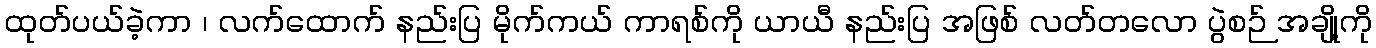
ထုတ်ပယ်ခဲ့ကာ ၊ လက်ထောက် နည်းပြ မိုက်ကယ် ကာရစ်ကို ယာယီ နည်းပြ အဖြစ် လတ်တလော ပွဲစဉ် အချို့ကို